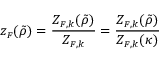
z _ { \scriptscriptstyle F } ( \tilde { \rho } ) = \frac { Z _ { { \scriptscriptstyle F } , k } ( \tilde { \rho } ) } { Z _ { { \scriptscriptstyle F } , k } } = \frac { Z _ { { \scriptscriptstyle F } , k } ( \tilde { \rho } ) } { Z _ { { \scriptscriptstyle F } , k } ( \kappa ) }